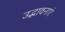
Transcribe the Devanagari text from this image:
उद्भावनाएं